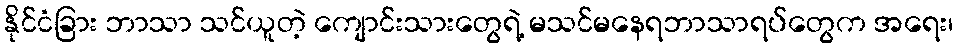
နိုင်ငံခြား ဘာသာ သင်ယူတဲ့ ကျောင်းသားတွေရဲ့ မသင်မနေရဘာသာရပ်တွေက အရေး၊